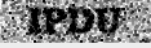
IPDU